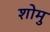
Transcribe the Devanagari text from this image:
शोमु